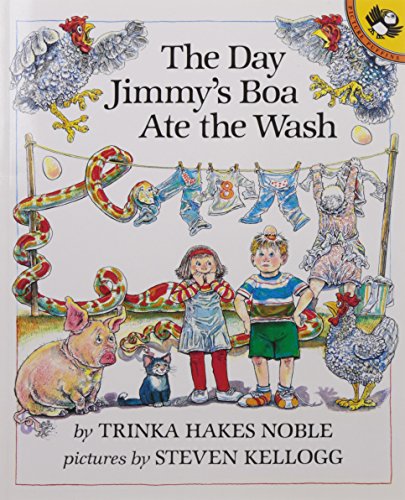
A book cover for The Day Jimmy's Boa Ate the Wash; Trinka Hakes Noble; Children's Books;